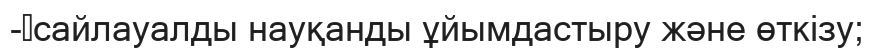
-	сайлауалды науқанды ұйымдастыру және өткізу;